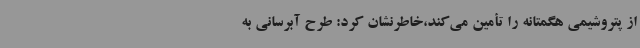
از پتروشیمی هگمتانه را تأمین می‌کند،خاطرنشان کرد: طرح آبرسانی به